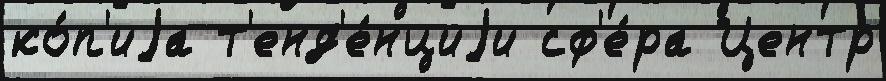
ко́п'иjа т'енд'е́нциjи сф'е́ра Центр